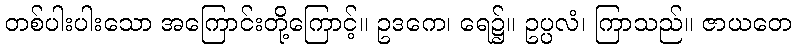
တစ်ပါးပါးသော အကြောင်းတို့ကြောင့်။ ဥဒကေ၊ ရေ၌။ ဥပ္ပလံ၊ ကြာသည်။ ဇာယတေ